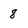
Character: 8